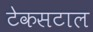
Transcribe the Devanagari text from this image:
टेकसटाल